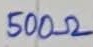
Text: 500Ω